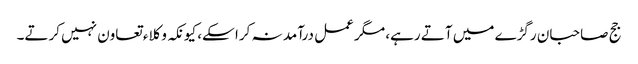
جج صاحبان رگڑے میں آتے رہے، مگر عمل درآمد نہ کرا سکے، کیونکہ وکلاء تعاون نہیں کرتے۔